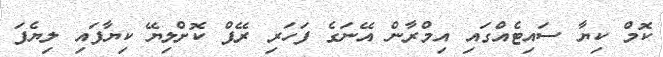
ކޮމް ކިޔާ ސައިޓެއްގައި އިމްރާން އޭނަގެ ފަހަރި ރޭޕް ކޮށްލިޔޭ ކިޔާފައި ލިޔެފަ